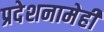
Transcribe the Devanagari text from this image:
प्रदेशनामेही